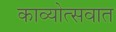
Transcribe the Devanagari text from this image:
काव्योत्सवात